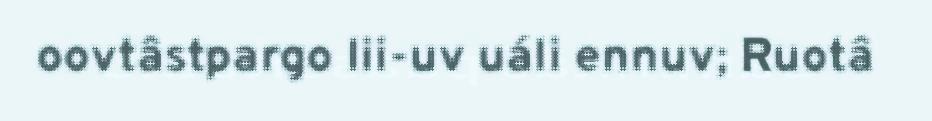
oovtâstpargo lii-uv uáli ennuv; Ruotâ